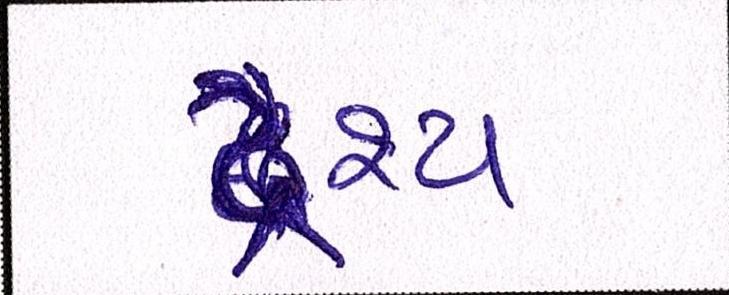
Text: દ્રશ્યઃ